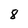
Character: 8